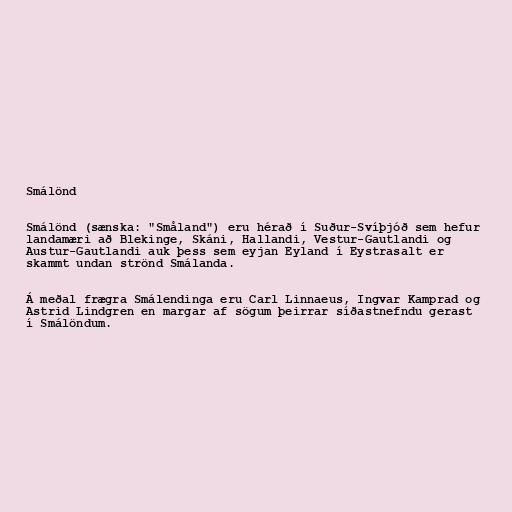
Smálönd

Smálönd (sænska: "Småland") eru hérað í Suður-Svíþjóð sem hefur
landamæri að Blekinge, Skáni, Hallandi, Vestur-Gautlandi og
Austur-Gautlandi auk þess sem eyjan Eyland í Eystrasalt er
skammt undan strönd Smálanda.

Á meðal frægra Smálendinga eru Carl Linnaeus, Ingvar Kamprad og
Astrid Lindgren en margar af sögum þeirrar síðastnefndu gerast
í Smálöndum.